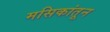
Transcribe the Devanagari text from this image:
मसिकांतून